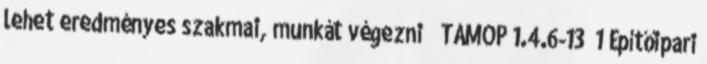
lehet eredményes szakmai, munkát végezni  TÁMOP 1.4.6-13 1 Építőipari